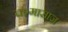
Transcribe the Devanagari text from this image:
चश्मासाज़